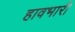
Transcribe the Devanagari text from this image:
हावभारी